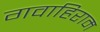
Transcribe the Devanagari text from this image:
गवाहिराम